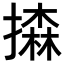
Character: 𢵳